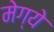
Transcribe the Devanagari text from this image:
मेग्ये